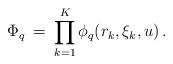
LaTeX: \begin{align*}\Phi_q \:=\:\prod_{k=1}^{K}\phi_q(r_k,\xi_k,u)\,.\end{align*}